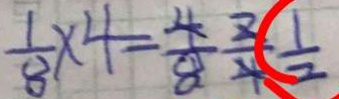
\frac { 1 } { 8 } \times 4 = \frac { 4 } { 8 } \frac { 2 } { 4 } \frac { 1 } { 2 }